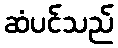
ဆံပင်သည်